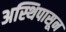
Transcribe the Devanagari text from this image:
अस्थिपासून